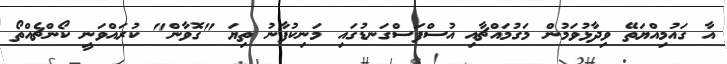
އާ ގައުމިއްޔަތޭ ވިދާޅުވަމުން މަގުމައްޗާއި އުސްފަސްގަނޑުގައި މަނިކުފާނު ތިޔަ "ގޮވާން" ކުރައްވަނީ ކޯންޗެއްތޯ